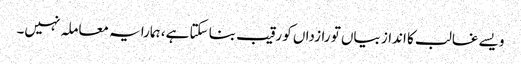
ویسے غالب کا انداز بیاں تو رازداں کو رقیب بنا سکتا ہے، ہمارا یہ معاملہ نہیں۔